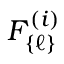
{ \cal F } _ { \{ \ell \} } ^ { ( i ) }